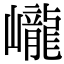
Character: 巄